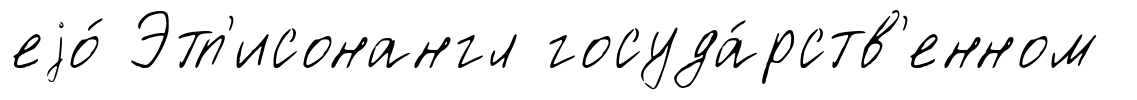
еjо́ Этп'исонангл госуда́рств'енном